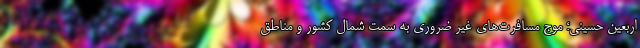
اربعین حسینی؛ موج مسافرت‌‌های غیر ضروری به سمت شمال کشور و مناطق